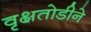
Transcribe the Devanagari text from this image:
वृक्षतोडीने